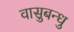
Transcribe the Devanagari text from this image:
वासुबन्धु